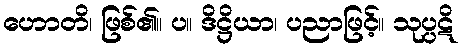
ဟောတိ၊ ဖြစ်၏။ ပ။ ဒိဋ္ဌိယာ၊ ပညာဖြင့်။ သုပ္ပဋိ